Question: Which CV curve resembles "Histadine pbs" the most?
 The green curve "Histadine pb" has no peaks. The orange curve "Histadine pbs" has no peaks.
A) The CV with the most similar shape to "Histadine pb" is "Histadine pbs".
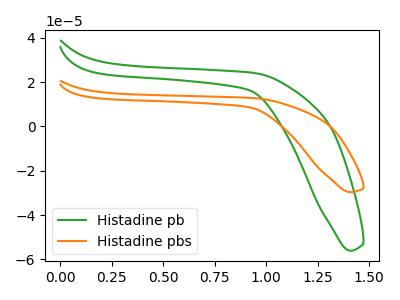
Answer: <think>Neither "Histadine pb" or "Histadine pbs" have any peaks.
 </think>
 <answer>A) The CV with the most similar shape to "Histadine pb" is "Histadine pbs".</answer>
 <eval>A</eval>